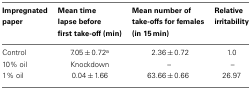
<table><thead><tr><td><b>Impregnated paper</b></td><td><b>Mean time lapse before first take-off (min)</b></td><td><b>Mean number of take-offs for females (in 15 min)</b></td><td><b>Relative irritability</b></td></tr></thead><tbody><tr><td>Control</td><td>7.05 ± 0.72<sup>a</sup></td><td>2.36 ± 0.72</td><td>1.0</td></tr><tr><td>10% oil</td><td>Knockdown</td><td>–</td><td>–</td></tr><tr><td>1% oil</td><td>0.04 ± 1.66</td><td>63.66 ± 0.66</td><td>26.97</td></tr></tbody></table>